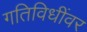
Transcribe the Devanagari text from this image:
गतिविधींवर